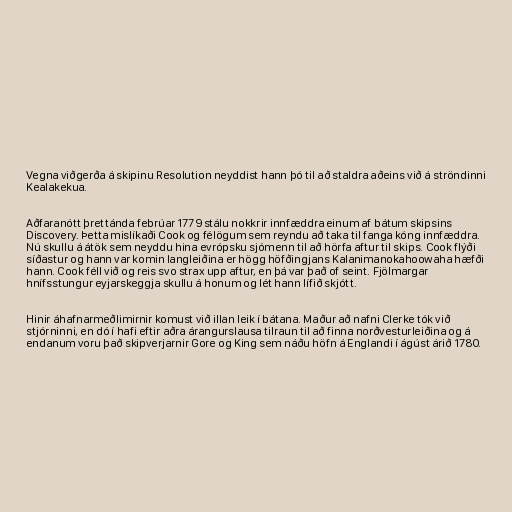
Vegna viðgerða á skipinu Resolution neyddist hann þó til að staldra aðeins við á ströndinni
Kealakekua.

Aðfaranótt þrettánda febrúar 1779 stálu nokkrir innfæddra einum af bátum skipsins
Discovery. Þetta mislíkaði Cook og félögum sem reyndu að taka til fanga kóng innfæddra.
Nú skullu á átök sem neyddu hina evrópsku sjómenn til að hörfa aftur til skips. Cook flýði
síðastur og hann var komin langleiðina er högg höfðingjans Kalanimanokahoowaha hæfði
hann. Cook féll við og reis svo strax upp aftur, en þá var það of seint. Fjölmargar
hnífsstungur eyjarskeggja skullu á honum og lét hann lífið skjótt.

Hinir áhafnarmeðlimirnir komust við illan leik í bátana. Maður að nafni Clerke tók við
stjórninni, en dó í hafi eftir aðra árangurslausa tilraun til að finna norðvesturleiðina og á
endanum voru það skipverjarnir Gore og King sem náðu höfn á Englandi í ágúst árið 1780.